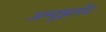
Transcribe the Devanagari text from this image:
अम्युझमेंट